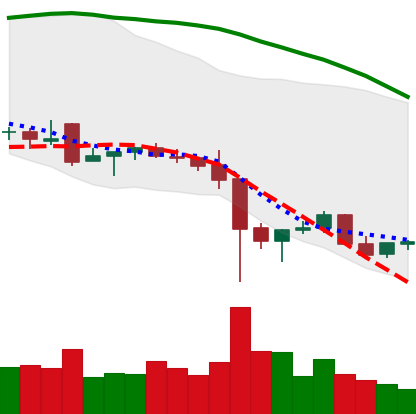
Ticker: NEO-USD
Chart end date: 2021-12-12
Forward return: -9.582%
Label: down_7plus